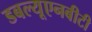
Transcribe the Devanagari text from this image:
डबल्यूएनबीटी